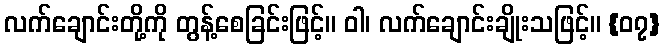
လက်ချောင်းတို့ကို တွန့်စေခြင်းဖြင့်။ ဝါ၊ လက်ချောင်းချိုးသဖြင့်။ {၀၇}